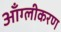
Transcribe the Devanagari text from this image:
आँग्लीकरण